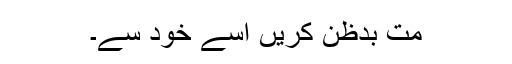
مت بدظن کریں اسے خود سے۔